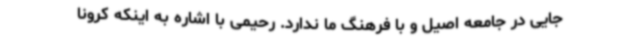
جایی در جامعه اصیل و با فرهنگ ما ندارد. رحیمی با اشاره به اینکه کرونا